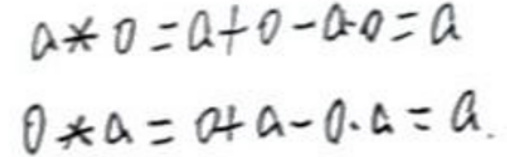
$a * 0 = a + 0 - a \cdot 0 = a$
$0 * a = 0 + a - 0 \cdot a = a$